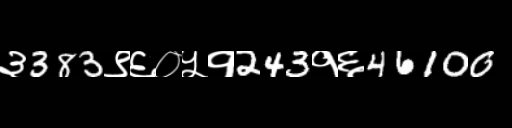
Text: ३383९६०५१243१६46100